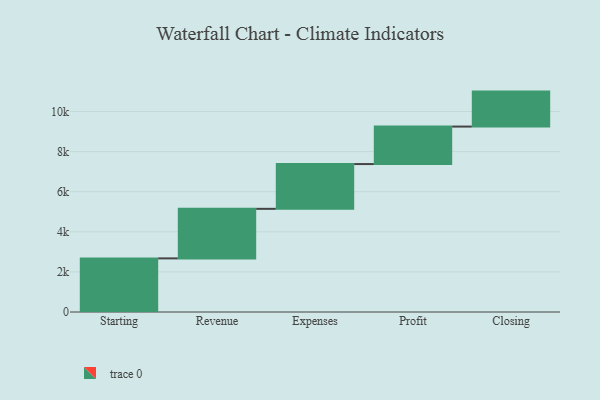
{"axis": {"x": "Step", "y": "Value"}, "legend": [""], "data": [{"x": "Starting", "y": 2674.0, "type": ""}, {"x": "Revenue", "y": 2471.0, "type": ""}, {"x": "Expenses", "y": 2233.0, "type": ""}, {"x": "Profit", "y": 1870.0, "type": ""}, {"x": "Closing", "y": 1744.0, "type": ""}]}